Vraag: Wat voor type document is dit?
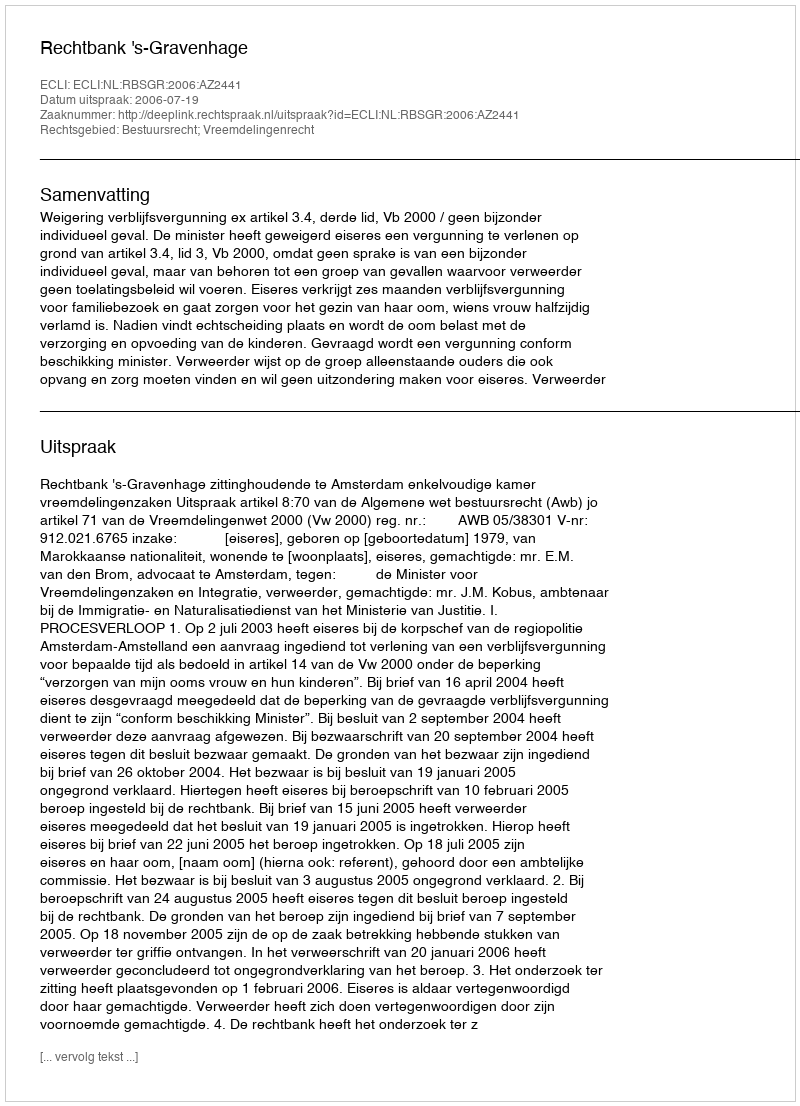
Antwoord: Uitspraak